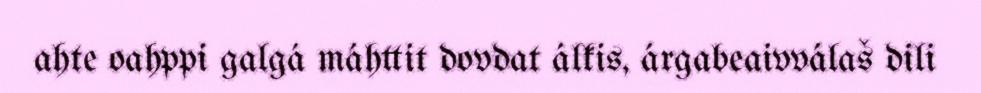
ahte oahppi galgá máhttit dovdat álkis, árgabeaivválaš dili